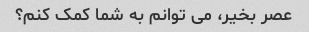
عصر بخیر، می توانم به شما کمک کنم؟